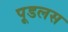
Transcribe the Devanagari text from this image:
पूडलस